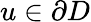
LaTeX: u\in\partial D